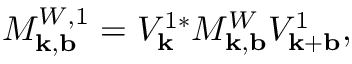
M _ { \mathbf { k } , \mathbf { b } } ^ { W , 1 } = V _ { \mathbf { k } } ^ { 1 * } M _ { \mathbf { k } , \mathbf { b } } ^ { W } V _ { \mathbf { k + b } } ^ { 1 } ,